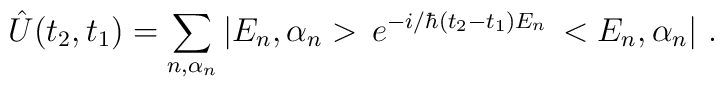
\hat{U}(t_2,t_1)=\sum_{n,\alpha_n}|E_n,\alpha_n>\,e^{-i/\hbar(t_2-t_1)E_n}\,<E_n,\alpha_n|\ .